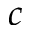
c